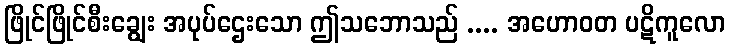
ဖြိုင်ဖြိုင်စီးချွေး အပုပ်ဌေးသော ဤသဘောသည် .... အဟောဝတ ပဋိကူလော